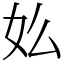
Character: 𡚸